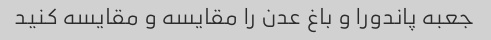
جعبه پاندورا و باغ عدن را مقایسه و مقایسه کنید